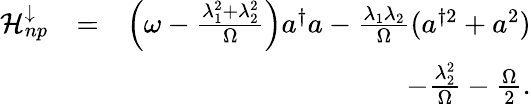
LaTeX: \begin{array}{rlr}{\mathcal{H}_{np}^{\downarrow}}&{=}&{\left(\omega-\frac{\lambda_{1}^{2}+\lambda_{2}^{2}}{\Omega}\right)a^{\dagger}a-\frac{\lambda_{1}\lambda_{2}}{\Omega}(a^{\dagger 2}+a^{2})}\\ &{}&{-\frac{\lambda_{2}^{2}}{\Omega}-\frac{\Omega}{2}.}\end{array}